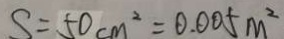
S = 5 0 c m ^ { 2 } = 0 . 0 0 5 m ^ { 2 }